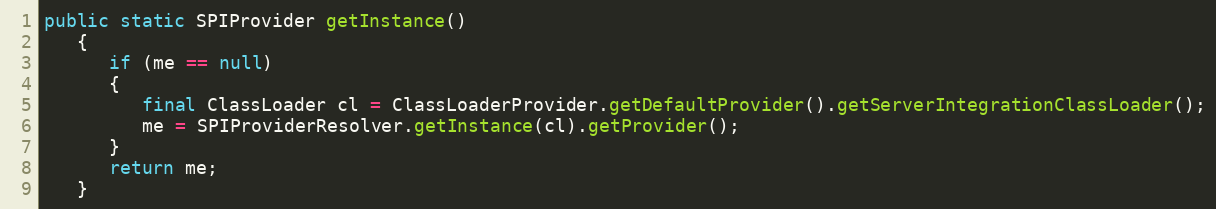
Language: Java
public static SPIProvider getInstance()
   {
      if (me == null)
      {
         final ClassLoader cl = ClassLoaderProvider.getDefaultProvider().getServerIntegrationClassLoader();
         me = SPIProviderResolver.getInstance(cl).getProvider();
      }
      return me;
   }